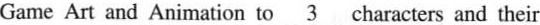
Game Art and Animation to\underline{3}characters